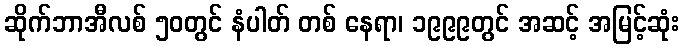
ဆိုက်ဘာအီလစ် ၅၀တွင် နံပါတ် တစ် နေရာ၊ ၁၉၉၉တွင် အဆင့် အမြင့်ဆုံး